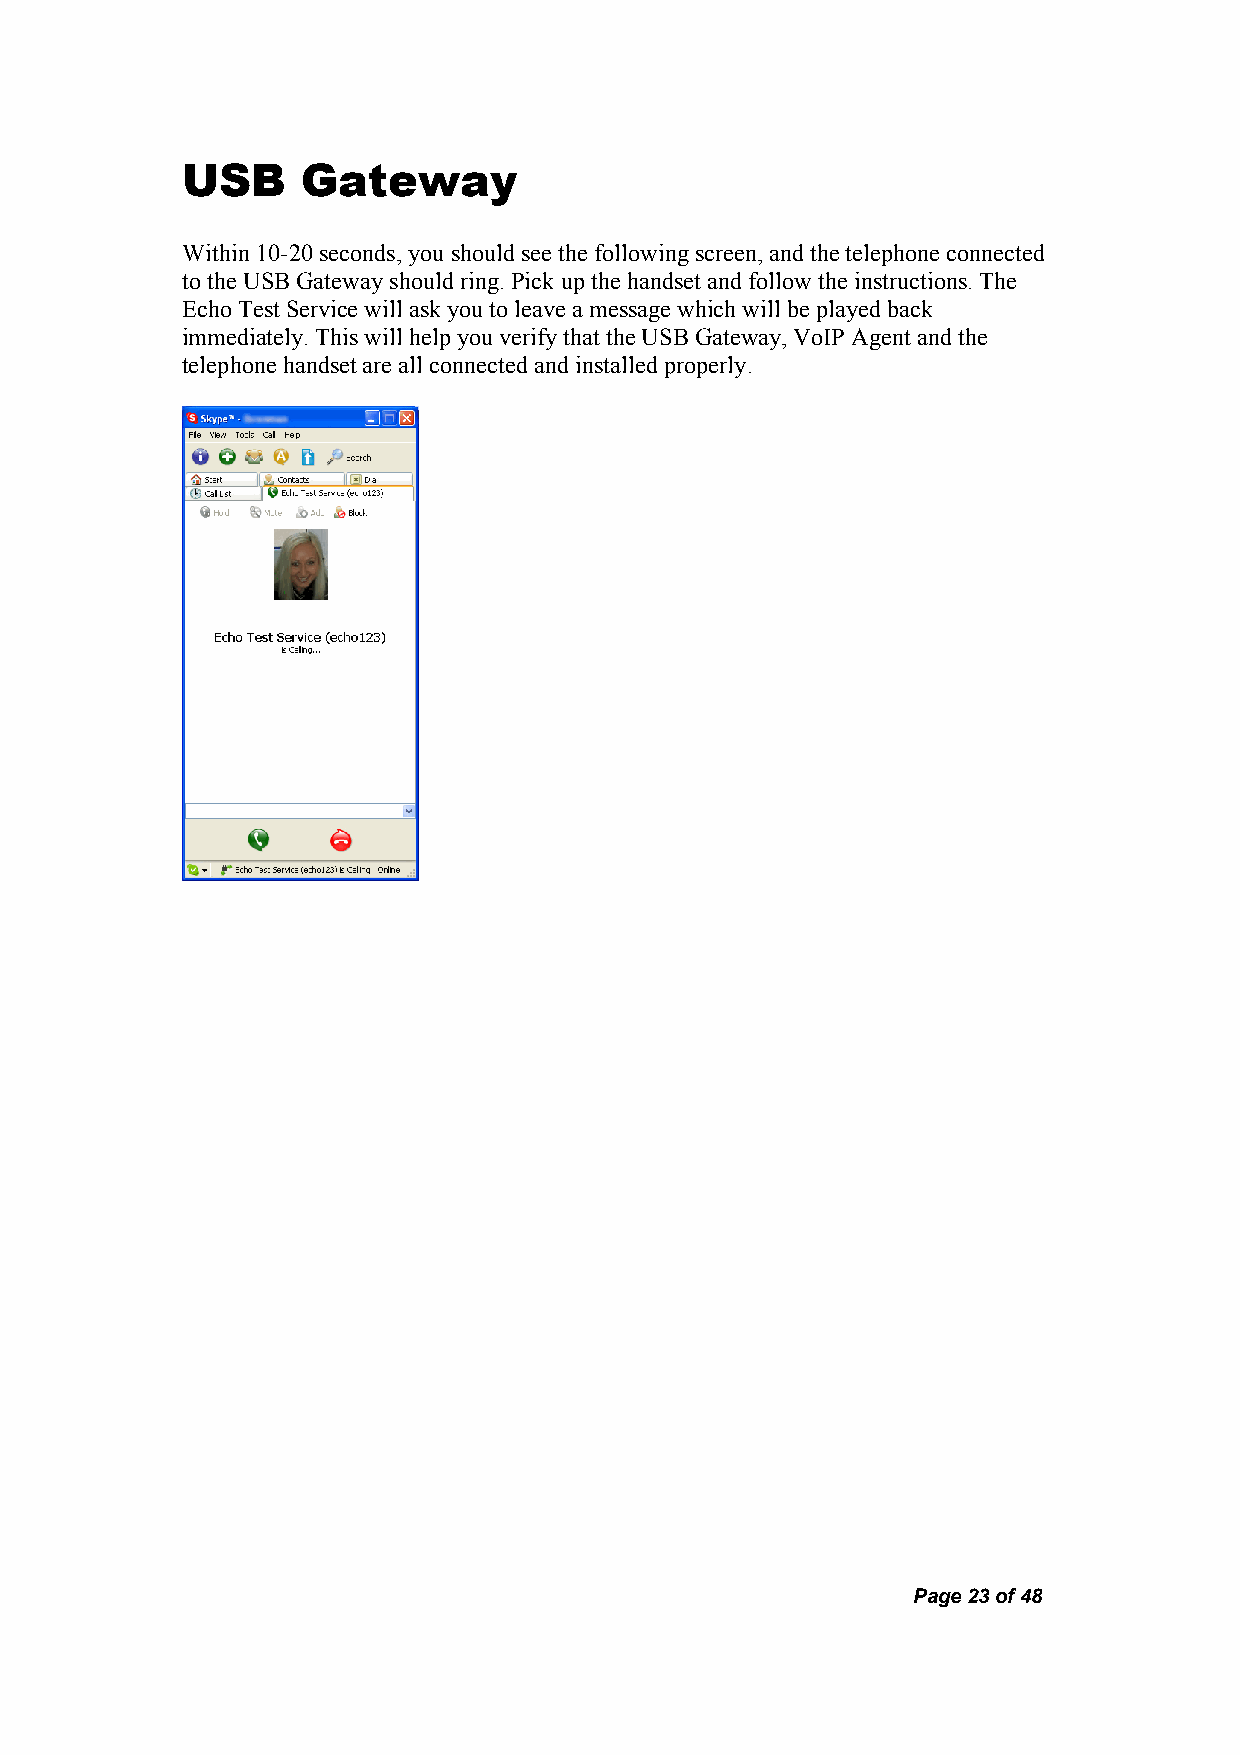
USB     Gateway
 Within 10-20 seconds, you should see the following screen, and the telephone connected
 to the USB Gateway should ring. Pick up the handset and follow the instructions. The
 Echo Test Service will ask you to leave a message which will be played back
 immediately. This will help you verify that the USB Gateway, VoIP Agent and the
 telephone handset are all connected and installed properly.
 Page 23 of 48